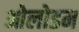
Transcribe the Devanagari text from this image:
ओलोडम